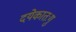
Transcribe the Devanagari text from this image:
दयेकातःगु